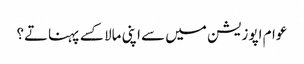
عوام اپوزیشن میں سے اپنی مالا کسے پہناتے؟